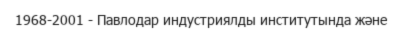
1968-2001 - Павлодар индустриялды институтында және